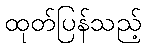
ထုတ်ပြန်သည့်